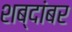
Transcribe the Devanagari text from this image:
शब्दांबर